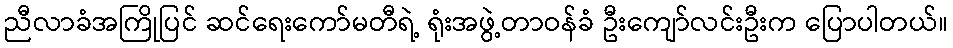
ညီလာခံအကြိုပြင် ဆင်ရေးကော်မတီရဲ့ ရုံးအဖွဲ့တာဝန်ခံ ဦးကျော်လင်းဦးက ပြောပါတယ်။